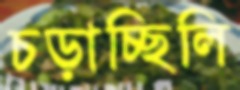
চড়াচ্ছিলি